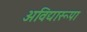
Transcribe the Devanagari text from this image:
अविद्यारूपा